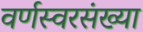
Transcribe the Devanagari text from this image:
वर्णस्वरसंख्या